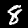
Label: 8